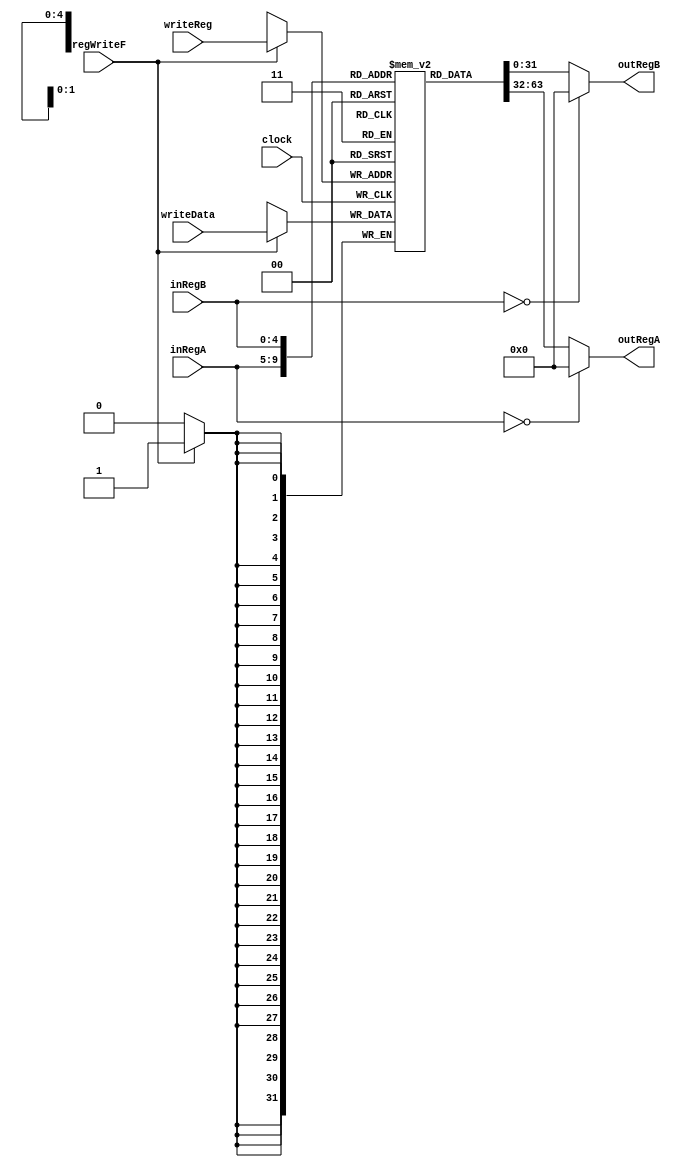
module Registers(
	input regWriteF,
	input[31:0] writeData,
	input[4:0] inRegA,
	input[4:0] inRegB,
	input[4:0] writeReg,
	input clock,
	output reg[31:0] outRegA,
	output reg[31:0] outRegB
	// output[31:0] t0,
	// output[31:0] t1,
	// output[31:0] t3,
	// output[31:0] stacP
	//output reg[7:0] finalAnswer
	);

	reg [31:0] registerFile [0:31];

	always@(posedge clock)
	  	begin
	  		//registerFile[10] <= 0; //this is temporary
	  		//registerFile[31] <= 0; 
       	    if(regWriteF) registerFile[writeReg] <= writeData;
       	    //finalAnswer = registerFile[8][7:0];
	  	end
   
   always@(*)
    	begin
    		if(inRegA == 5'd0)begin
    			outRegA = 32'd0;
    		end else begin
    			outRegA = registerFile[inRegA];
    		end
    		if(inRegB == 5'd0)begin
    			outRegB = 32'd0;
    		end else begin
    			outRegB = registerFile[inRegB];
    		end
			//outRegB = registerFile[inRegB];
			// /finalAnswer = registerFile[8];
     	end

     	// assign t0 = registerFile[8];
     	// assign t1 = registerFile[9];
     	// assign t3 = registerFile[11];
     	// assign stacP = registerFile[29];

endmodule